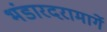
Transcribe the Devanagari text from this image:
भंडारदरामार्गे